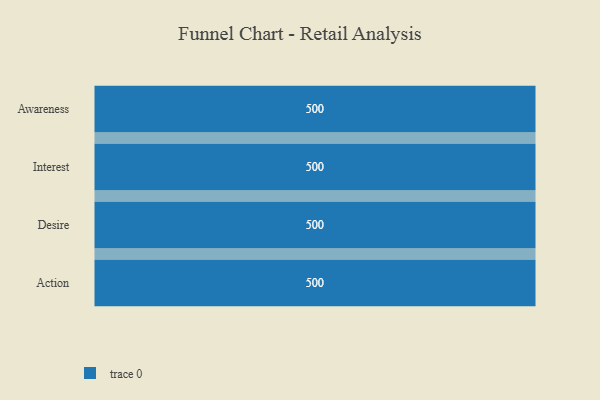
{"axis": {"x": "Stage", "y": "Value"}, "legend": [""], "data": [{"x": "Awareness", "y": 500, "type": ""}, {"x": "Interest", "y": 500, "type": ""}, {"x": "Desire", "y": 500, "type": ""}, {"x": "Action", "y": 500, "type": ""}]}